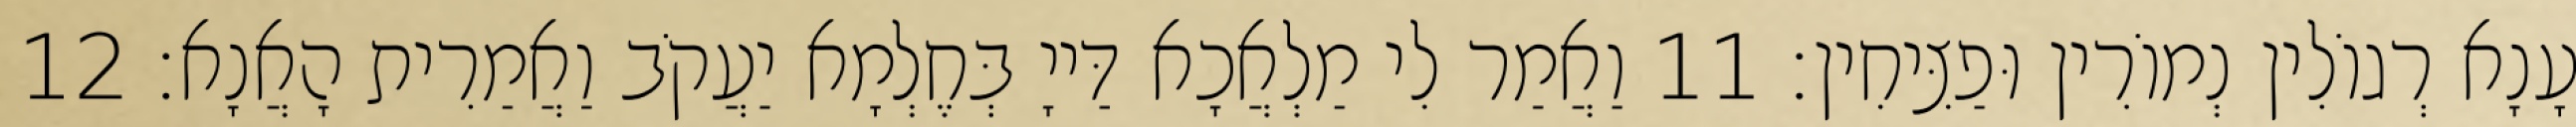
עָנָא רְגוֹלִין נְמוֹרִין וּפַצִּיחִין׃ 11 וַאֲמַר לִי מַלְאֲכָא דַּייָ בְּחֶלְמָא יַעֲקֹב וַאֲמַרִית הָאֲנָא׃ 12